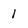
Character: 1